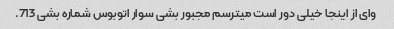
وای از اینجا خیلی دور است میترسم مجبور بشی سوار اتوبوس شماره بشی 713.